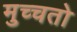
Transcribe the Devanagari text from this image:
मुच्चतो